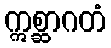
ဣစ္ဆာဂတံ